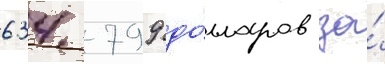
634 799 до́лларов за́